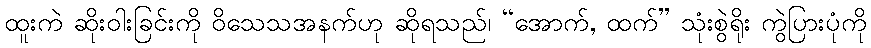
ထူးကဲ ဆိုးဝါးခြင်းကို ဝိသေသအနက်ဟု ဆိုရသည်၊ “အောက်, ထက်” သုံးစွဲရိုး ကွဲပြားပုံကို